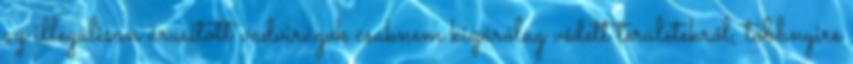
az illegálisan árusított vadvirágok csaknem kizárólag védett területekről, többnyire